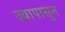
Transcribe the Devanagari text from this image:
ज्यापासुन